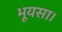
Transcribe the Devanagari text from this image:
भूयसा।